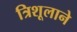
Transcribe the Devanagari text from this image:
त्रिशूलाने